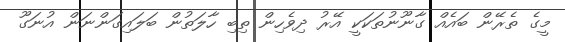
މީގެ ތެރޭން ބައެއް ގާނޫނުތަކަކީ އޭރު ދިވެހިން ތިބި ހާލަތުން ބަލައިގަންނަން އުނަގޫ